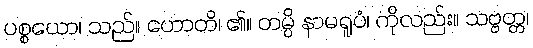
ပစ္စယော၊ သည်။ ဟောတိ၊ ၏။ တမ္ပိ နာမရူပံ၊ ကိုလည်း။ သဗ္ဗတ္တ၊